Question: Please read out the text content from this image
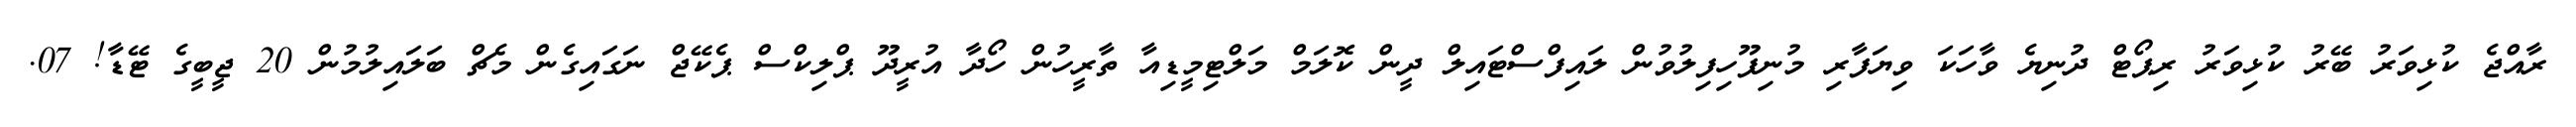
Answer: ރާއްޖެ ކުޅިވަރު ބޭރު ކުޅިވަރު ރިޕޯޓް ދުނިޔެ ވާހަކަ ވިޔަފާރި މުނިފޫހިފިލުވުން ލައިފްސްޓައިލް ދީން ކޮލަމް މަލްޓިމީޑިއާ ތާރީހުން ހޯދާ އުރީދޫ ޕްލިކްސް ޕެކޭޖް ނަގައިގެން މެޗް ބަލައިލުމުން 20 ޖީބީގެ ޓޭޑާ! 07.